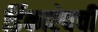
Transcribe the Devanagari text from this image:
डिंकाऐवची